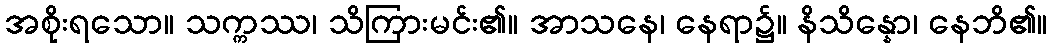
အစိုးရသော။ သက္ကဿ၊ သိကြားမင်း၏။ အာသနေ၊ နေရာ၌။ နိသိန္နော၊ နေဘိ၏။